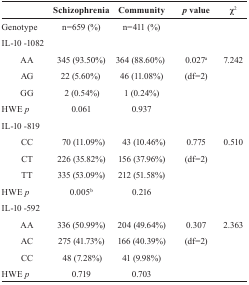
<table><thead><tr><td></td><td><b>Schizophrenia</b></td><td><b>Community</b></td><td><b><i>p</i> value</b></td><td><b>χ<sup>2</sup></b></td></tr></thead><tbody><tr><td>Genotype</td><td>n=659 (%)</td><td>n=411 (%)</td><td></td><td></td></tr><tr><td colspan="5">IL-10 -1082</td></tr><tr><td>AA</td><td>345 (93.50%)</td><td>364 (88.60%)</td><td>0.027a</td><td>7.242</td></tr><tr><td>AG</td><td>22 (5.60%)</td><td>46 (11.08%)</td><td>(df=2)</td><td></td></tr><tr><td>GG</td><td>2 (0.54%)</td><td>1 (0.24%)</td><td></td><td></td></tr><tr><td>HWE <i>p</i></td><td>0.061</td><td>0.937</td><td></td><td></td></tr><tr><td colspan="5">IL-10 -819</td></tr><tr><td>CC</td><td>70 (11.09%)</td><td>43 (10.46%)</td><td>0.775</td><td>0.510</td></tr><tr><td>CT</td><td>226 (35.82%)</td><td>156 (37.96%)</td><td>(df=2)</td><td></td></tr><tr><td>TT</td><td>335 (53.09%)</td><td>212 (51.58%)</td><td></td><td></td></tr><tr><td>HWE <i>p</i></td><td>0.005b</td><td>0.216</td><td></td><td></td></tr><tr><td colspan="5">IL-10 -592</td></tr><tr><td>AA</td><td>336 (50.99%)</td><td>204 (49.64%)</td><td>0.307</td><td>2.363</td></tr><tr><td>AC</td><td>275 (41.73%)</td><td>166 (40.39%)</td><td>(df=2)</td><td></td></tr><tr><td>CC</td><td>48 (7.28%)</td><td>41 (9.98%)</td><td></td><td></td></tr><tr><td>HWE <i>p</i></td><td>0.719</td><td>0.703</td><td></td><td></td></tr></tbody></table>